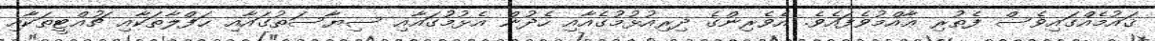
ޤައުމެއްގައިވެސް ފެތުރި ޢާއްމުވެފައެވެ. އެވެރިންގެ ދިރިއުޅުމުގެއާއި ހެދުން އެޅުމުގައާއި ސިޔާސަތުގައާއި ޙަފްލާތަކާއި ޗުއްޓީތަކާއި